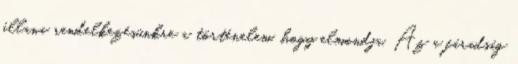
állana rendelkezésünkre a történelem, hogy elmondja. Az a fáradság